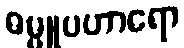
ဓမ္မူပဟာရော